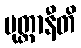
ပုတ္တာနီတိ